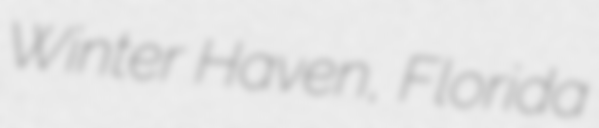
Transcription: Winter Haven, Florida